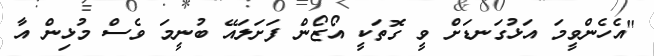
"އެހެންވީމަ އަޅުގަނޑަށް ވީ ގޮތަކީ އޯޒޯން ފަށަލައޭ ބުނީމަ ވެސް މުޅިން އާ